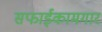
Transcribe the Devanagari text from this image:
सफाईकामगार